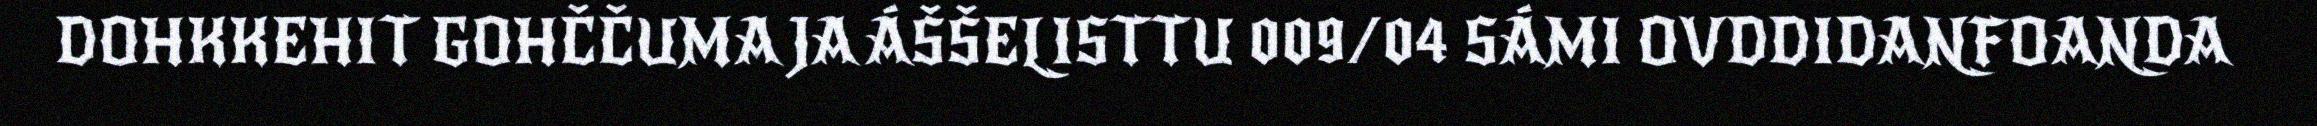
DOHKKEHIT GOHČČUMA JA ÁŠŠELISTTU 009/04 SÁMI OVDDIDANFOANDA